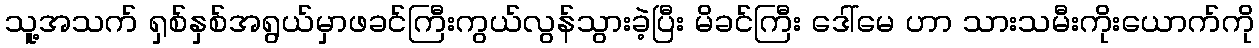
သူ့အသက် ရှစ်နှစ်အရွယ်မှာဖခင်ကြီးကွယ်လွန်သွားခဲ့ပြီး မိခင်ကြီး ဒေါ်မေ ဟာ သားသမီးကိုးယောက်ကို